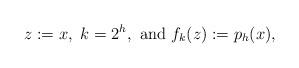
\begin{align*}z:=x,~k=2^h,~{\rm and}~f_k(z):=p_h(x),\end{align*}